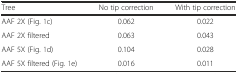
<table><thead><tr><td><b>Tree</b></td><td><b>No tip correction</b></td><td><b>With tip correction</b></td></tr></thead><tbody><tr><td>AAF 2X (Fig. 1c)</td><td>0.062</td><td>0.022</td></tr><tr><td>AAF 2X filtered</td><td>0.063</td><td>0.043</td></tr><tr><td>AAF 5X (Fig. 1d)</td><td>0.104</td><td>0.028</td></tr><tr><td>AAF 5X filtered (Fig. 1e)</td><td>0.016</td><td>0.011</td></tr></tbody></table>